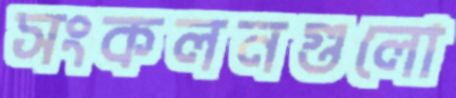
সংকলনগুলো